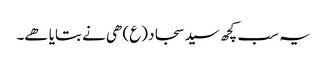
یہ سب کچھ سید سجاد (ع) ھی نے بتایا ھے۔